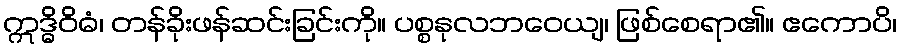
ဣဒ္ဓိဝိဓံ၊ တန်ခိုးဖန်ဆင်းခြင်းကို။ ပစ္စနုလဘဝေယျ၊ ဖြစ်စေရာ၏။ ဧကောပိ၊